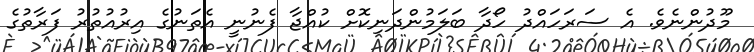
މޫދުންނެވެ. އެ ސަރަހައްދު ހޯދާ ބަލަމުންދަނިކޮށް ކުއްޖާ ފެނުނީ އެތަނުގެ އިރުއުތުރު ފަރާތުގެ